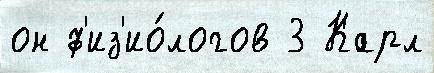
он ф'из'ио́логов 3 Карл